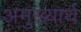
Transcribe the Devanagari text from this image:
अमुख्यार्थ